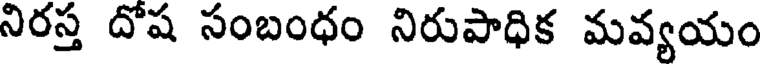
నిరస్త దోష సంబంధం నిరుపాధిక మవ్యయం